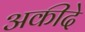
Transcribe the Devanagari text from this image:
अकीदे